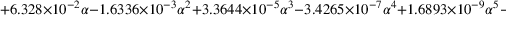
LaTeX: + 6 . 3 2 8 \times 1 0 ^ { - 2 } \alpha - 1 . 6 3 3 6 \times 1 0 ^ { - 3 } \alpha ^ { 2 } + 3 . 3 6 4 4 \times 1 0 ^ { - 5 } \alpha ^ { 3 } - 3 . 4 2 6 5 \times 1 0 ^ { - 7 } \alpha ^ { 4 } + 1 . 6 8 9 3 \times 1 0 ^ { - 9 } \alpha ^ { 5 } - 3 . 0 3 3 4 \times 1 0 ^ { - 1 2 } \alpha ^ { 6 }